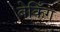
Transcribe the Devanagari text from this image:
बेकिँग